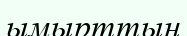
ымырттың